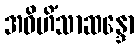
အဝိဟိံသာဆန္ဒော